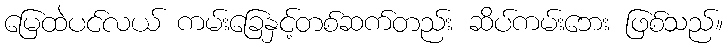
မြေထဲပင်လယ် ကမ်းခြေနှင့်တစ်ဆက်တည်း ဆိပ်ကမ်းဘေး ဖြစ်သည်။